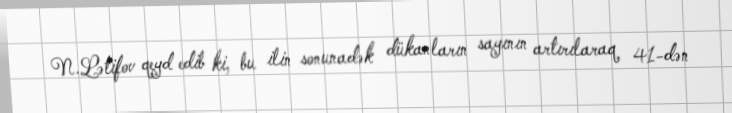
N.Lətifov qeyd edib ki, bu ilin sonunadək dükanların sayının artırılaraq 41-dən